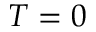
T = 0